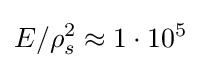
E/\rho _{s}^{2}\approx 1\cdot 10^{5}